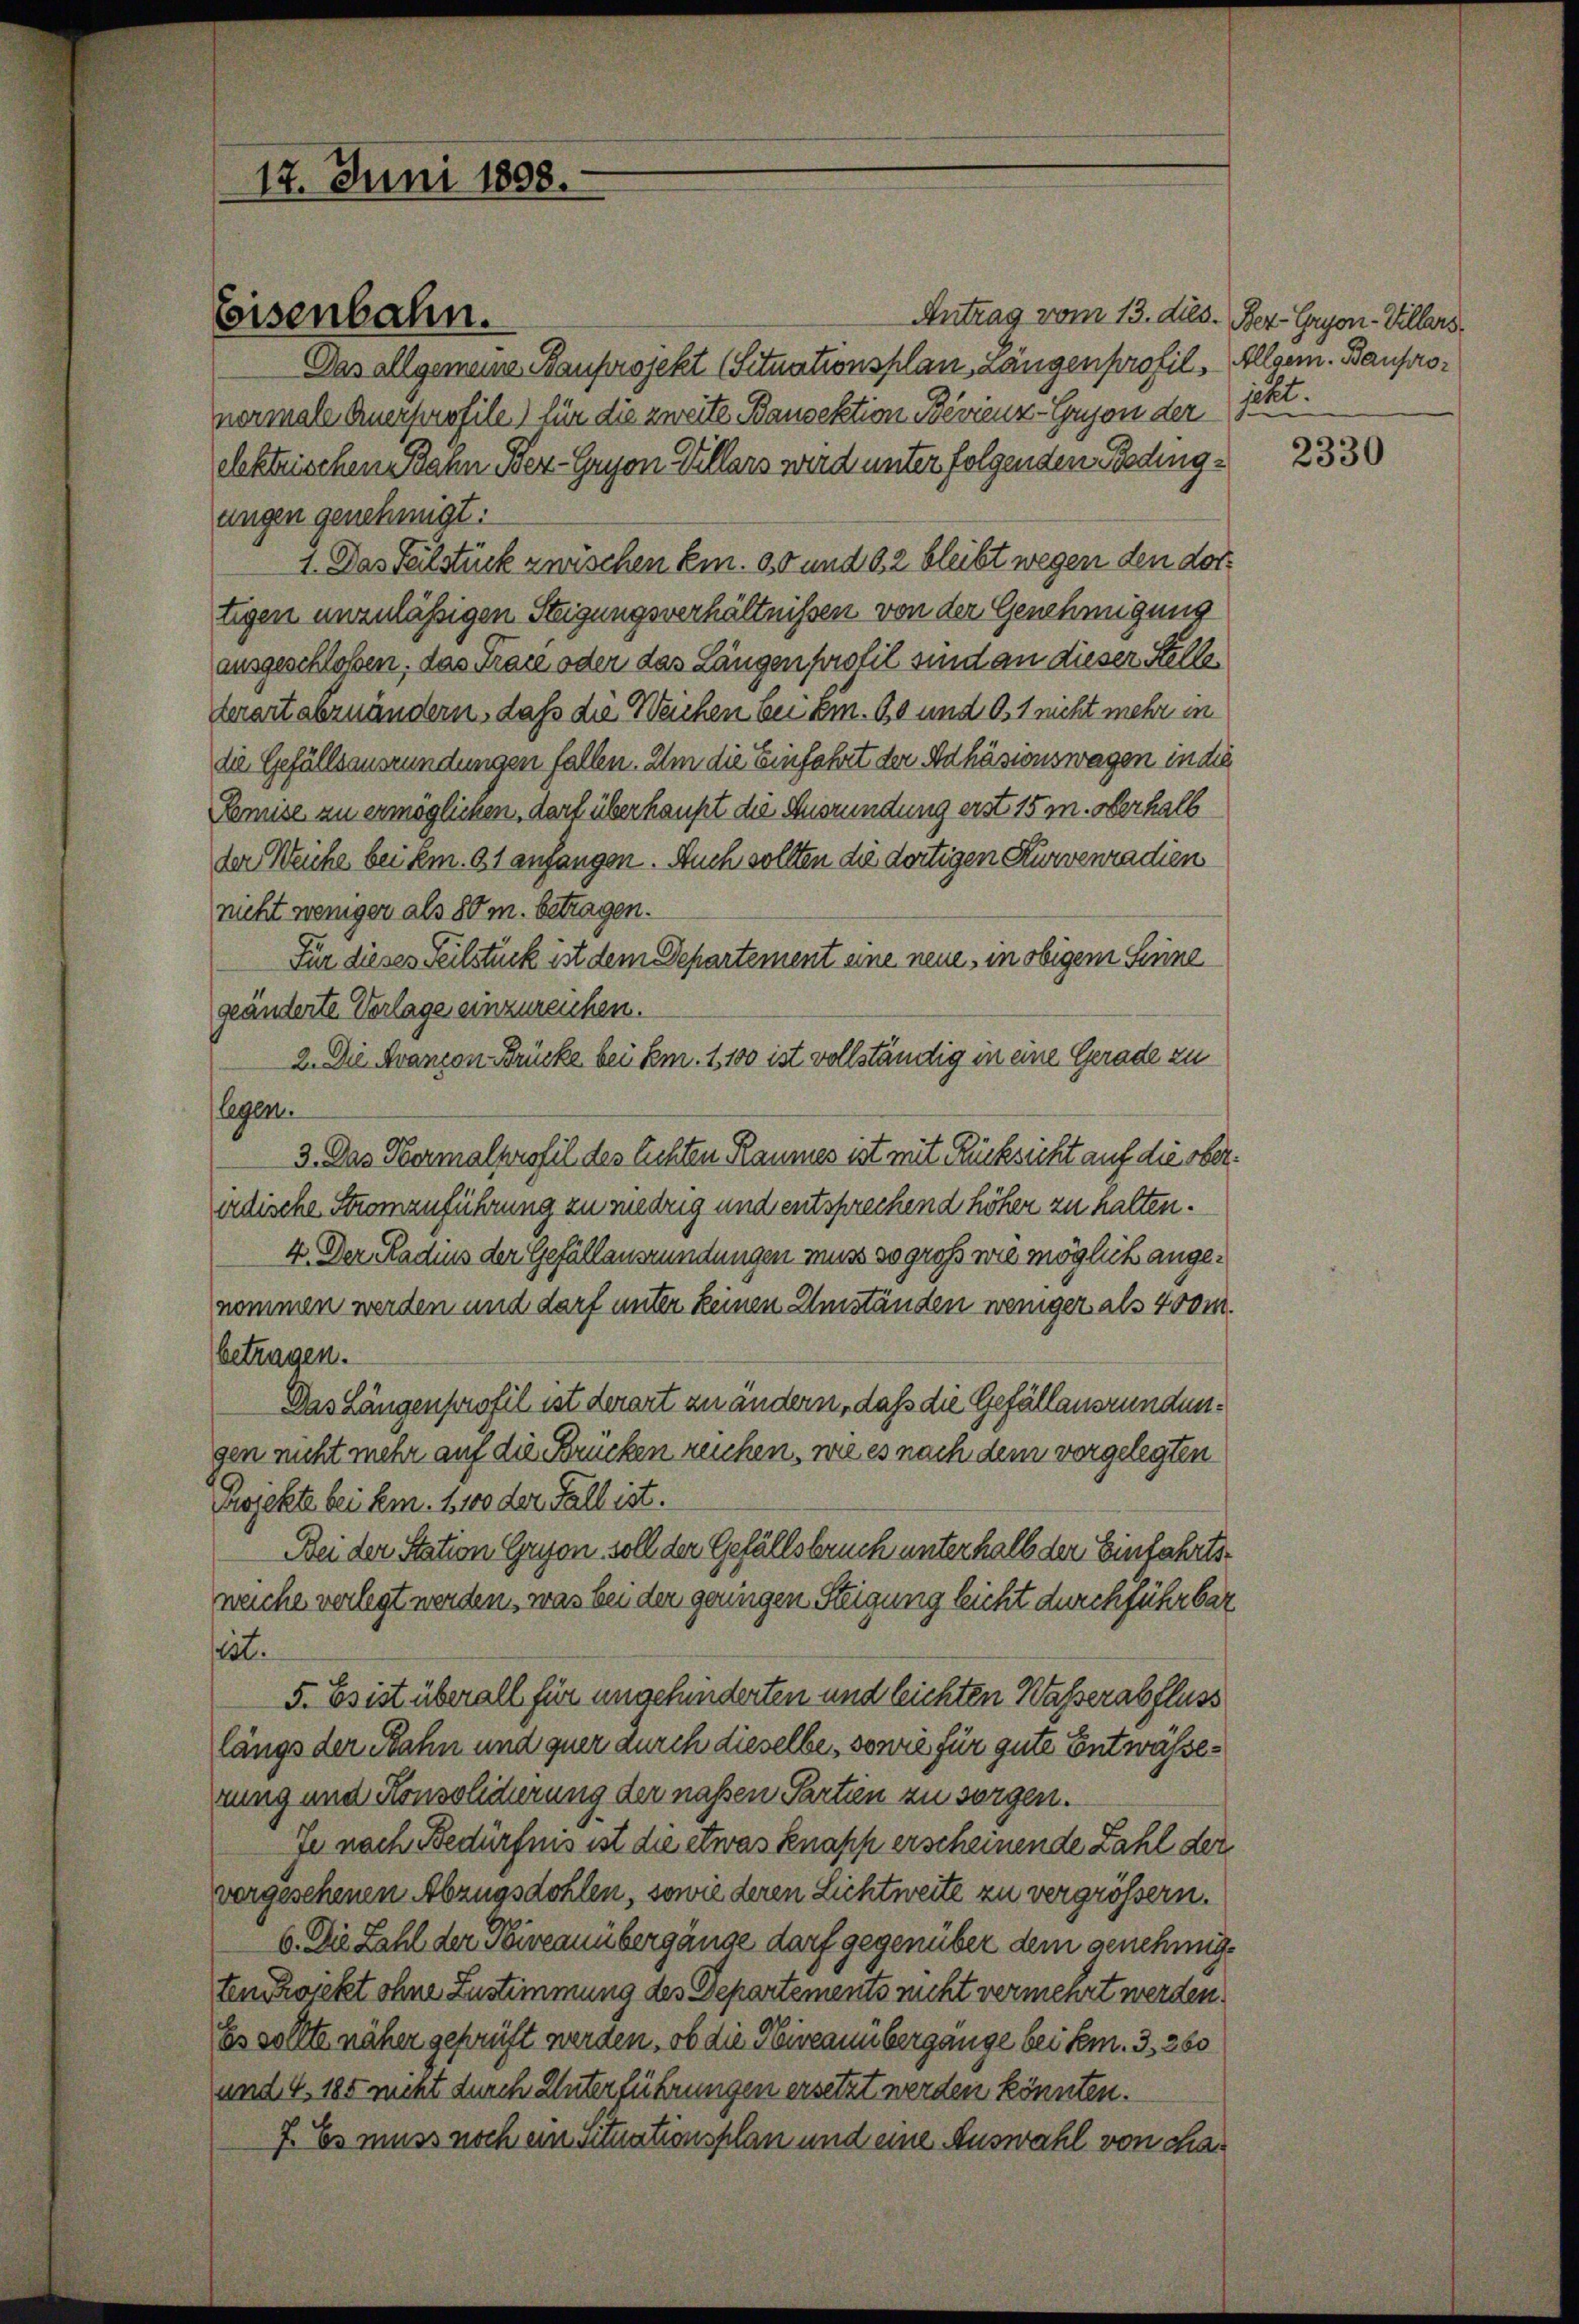
Eisenbahn.

17. Juni 1808.

Antrag vom 13. dies. Ber-Gryon-Villars
Das allgemeine Bauprojekt (Situationsplan, Längenprofil, Allgem. Baupronermale Anerprofile) für die zweite Bansektion Bevienz-Gryon der
elektrischen Bahn Ber-Gayon Villars wird unter folgenden Bedingangen genehmigt:
1. Das Teilstück zwischen Em. 30 und 62 bleibt wegen den dortigen unzulässigen Steigungsverhältnissen von der Genehmigung
ausgeschlossen, das Tracé oder das Längen profil sind an dieser Stellekerart abzuändern, daß die Weichen bei Em. 60 und O1 nicht mehr in
die Gefällsauszündungen fallen. Um die Einfahrt der Adhäsionswagen in die
Remise zu ermöglichen, darf überhaupt die Ausrundung erst 15 m. oberhalb
der Weiche bei km. 91 anfangen. Auch sollten die dortigen Kurvenradien
nicht weniger als 80 m. betragen.
Für dieses Teilstück ist dem Departement eine neue, in obigem Sinne
geänderte Verlage einzureichen.
2. Die Avancon Brücke bei Em. 1,100 ist vollständig in eine Gerade zu
legen.
3. Das Hermalprofil des lichten Raumes ist mit Rücksicht auf die oberirdische Stromauführung zu redrig und entsprechend höher zu halten.
4. Der Radius der Gefällansründungen muss so groß wie möglich angenommen werden und darf unter keinen Umständen weniger als 400 m.
betragen.
Das Längenprofil ist derart zu andern, daß die Gefällansrundungen nicht mehr auf die Brücken reichen, wie es nach dem vorgelegten
Projekte bei Em. 1,100 der Fall ist.
Bei der Station Gryon soll der Gefällsbruch unterhalb der Einfahrtsweiche verlegt werden, was bei der geringen Steigung leicht durchführbar
ist.
5. Es ist überall für ungehinderten und leichten Wasserabfluss
längs der Bahn und quer durch dieselbe, sowie für gute Entwässerung und Konsolidierung der nassen Partien zu sorgen.
Je nach Bedürfnis ist die etwas knapp erscheinende Zahl der
vergesehenen Abzugsdohlen, sowie deren Lichtweite zu vergrössern.
6. Die Zahl der Niveauübergänge darf gegenüber dem genehmigten Zwickt ohne Zustimmung des Departements nicht vermehrt werden.
Es sollte näher geprüft werden, ob die Niveauübergänge bei dem. 3, 260
und 4. 185 nicht durch Unterführungen ersetzt werden könnten.
7. Es muss noch ein Situationsplan und eine Auswahl von cha¬

ieht.

2330